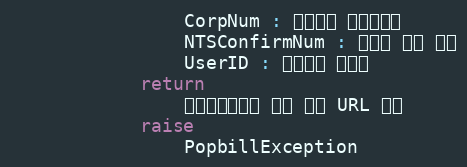
Language: Python
                CorpNum : 팝빌회원 사업자번호
                NTSConfirmNum : 국세청 승인 번호
                UserID : 팝빌회원 아이디
            return
                전자세금계산서 보기 팝업 URL 반환
            raise
                PopbillException